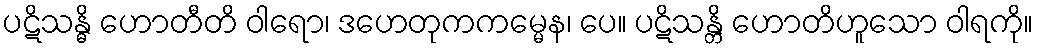
ပဋိသန္ဓိ ဟောတီတိ ဝါရော၊ ဒဟေတုကကမ္မေန၊ ပေ။ ပဋိသန္တိ ဟောတိဟူသော ဝါရကို။